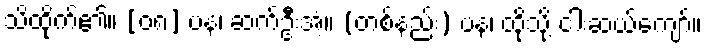
သိထိုက်၏။ [၀၈] ပန၊ ဆက်ဦးအံ့။ (တစ်နည်း) ပန၊ ထိုသို့ ငါးဆယ်ကျော်။